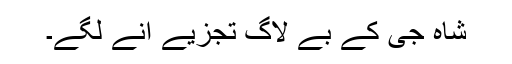
شاہ جی کے بے لاگ تجزیے آنے لگے۔